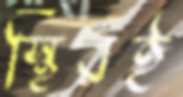
স্থিরই